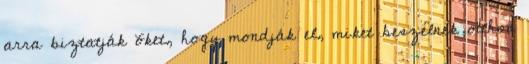
arra biztatják õket, hogy mondják el, miket beszélnek otthon